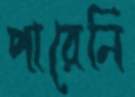
পারেনি